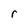
Character: r